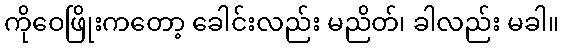
ကိုဝေဖြိုးကတော့ ခေါင်းလည်း မညိတ်၊ ခါလည်း မခါ။